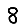
Digit: 8